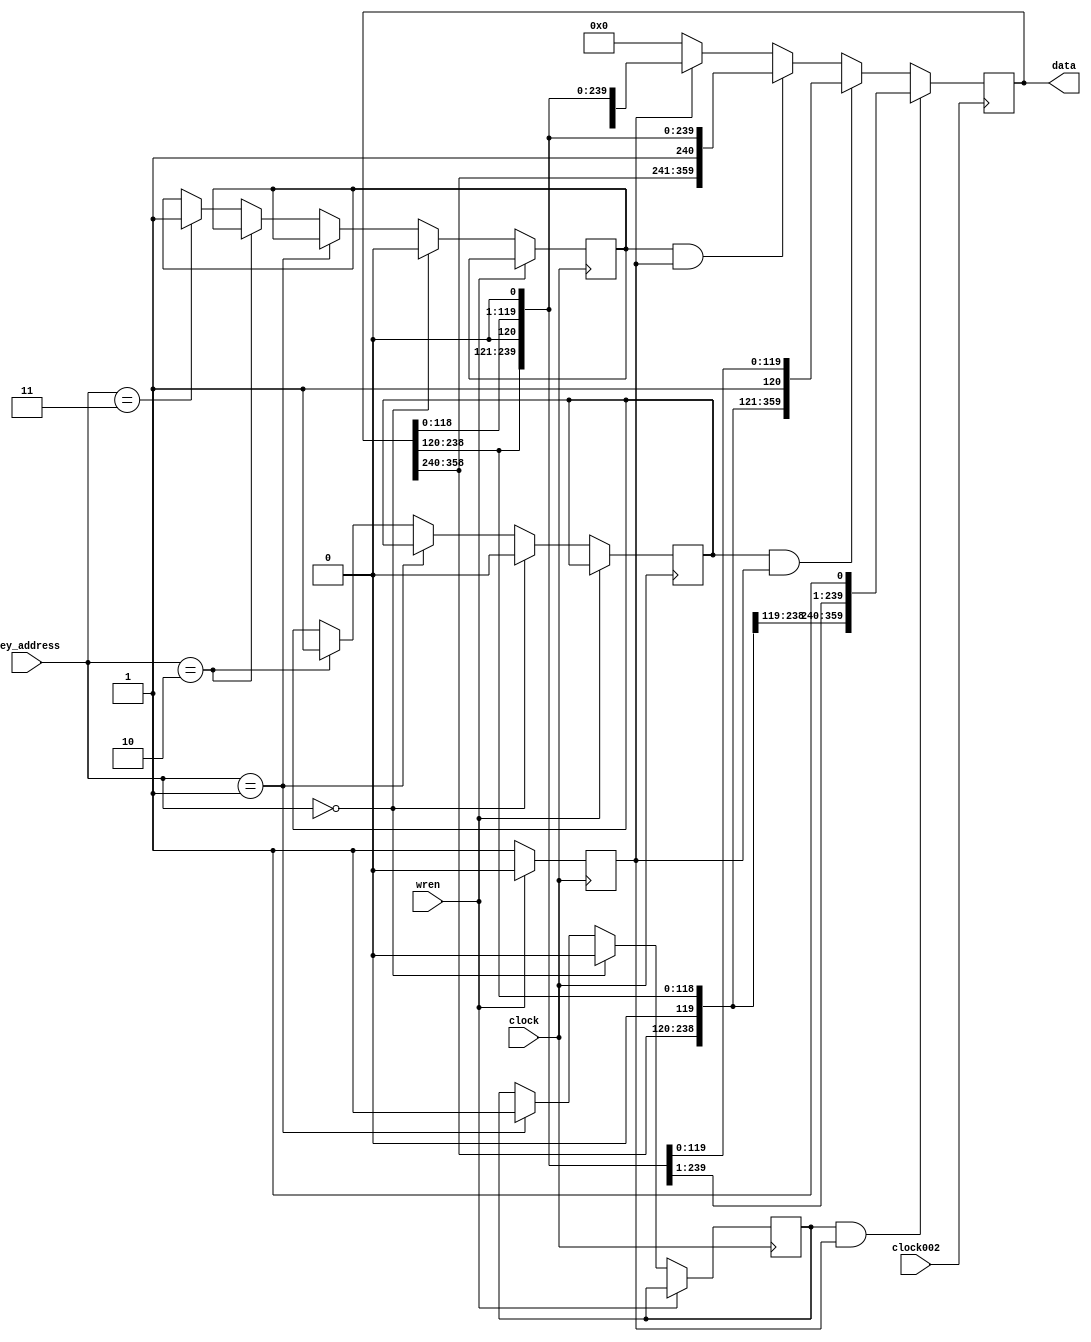
module display_calculator(
		input wren,
		input clock,
		input clock002,
		input [1:0] key_address,
		output reg [359:0] data
		);
		
		reg top_do;
		reg top_re;
		reg top_mi;
		reg down;
		
		always @(posedge clock) begin
			if (wren)
				down <= 1'b0;
			if (!wren) begin
			   down <= 1'b1;
				if (key_address == 2'b00) begin
					top_do <= 0;
					top_re <= 0;
					top_mi <= 0;
				end
				else if (key_address == 2'b01)
					top_do <= 1;
				else if (key_address == 2'b10)
					top_re <= 1;
				else if (key_address == 2'b11)
					top_mi <= 1;
			end
		end
	
	   //Display changes every .02 s; 
		//It takes 120 * 0.02 = 2.4 S for a strip to be dropped down
	   always @(posedge clock002) begin
		   if (top_do && down)
				data <= {data[358:240],1'b0,data[238:120],1'b0,data[118:0],1'b1};
			else if (top_re && down)
				data <= {data[358:240],1'b0,data[238:120],1'b1,data[118:0],1'b0};
			else if 	(top_mi && down)
				data <= {data[358:240],1'b1,data[238:120],1'b0,data[118:0],1'b0};
			else if (down)
			   data <= {data[358:240],1'b0,data[238:120],1'b0,data[118:0],1'b0};
			else
				data <= 360'b0;
		end

endmodule

				
module displayer(
		input wren,
		input clock,
		input clock002,
		input key_address,
		input do,
		input re,
		input mi,
		input [359:0] data,
		output [2:0] colour,
		output [7:0] x,
		output [6:0] y,
		output reg [23:0] score,
		output reg p
		);
		
		reg [1:0] area;
		
		reg [7:0] x_;
		reg [6:0] y_;
		reg [2:0] c_;
		
		reg [9:0] count_do;
		reg [9:0] count_re;
		reg [9:0] count_mi;
		
		reg [119:0] row_do;
		reg [119:0] row_re;
		reg [119:0] row_mi;
		
		reg match_perfect_do, match_perfect_re, match_perfect_mi;
		reg match_good_do, match_good_re, match_good_mi;
		reg ld_do;
	    reg ld_re;
	    reg ld_mi;
		
		
		// Renew values every 0.02s
		always @(posedge clock002) begin
				row_do <= data[119:0];
				row_re <= data[239:120];
				row_mi <= data[359:240];
		end
		
		
		always @(posedge clock) begin
		
			if (!wren) begin
				p <= 1;
		      if (area == 2'b00) begin
					x_ <= 8'd50 + {5'b0, count_do[2:0]}; //COLUMN 50-57
					y_ <= count_do[9:3]; //ROW 0-119
					if (row_do[count_do[9:3]] == 1)
					 begin
					   if(match_perfect_do ==1)
					      c_<= 3'b101;
					   else if (match_good_do == 1)
					      c_ <= 3'b101;
					   else
					      c_ <= 3'b100;
					  end
					else c_ <= 3'b000;
				end
				
				if (area == 2'b01) begin
					x_ <= 8'd76 + {5'b0, count_re[2:0]}; //COLUMN 76-83
					y_ <= count_re[9:3]; //ROW 0-119
					if (row_re[count_re[9:3]] == 1) begin
					   if(match_perfect_re==1)
					      c_<= 3'b101;
					   else if (match_good_re == 1)
					      c_ <= 3'b101;
					   else
					      c_ <= 3'b010;
					  end
					else c_ <= 3'b000;
				end
				
				if (area == 2'b10) begin
					x_ <= 8'd102 + {5'b0, count_mi[2:0]}; //COLUMN 102-109
					y_ <= count_mi[9:3]; //ROW 0-119
					if (row_mi[count_mi[9:3]] == 1)  begin
					   if(match_perfect_mi==1)
					      c_<= 3'b101;
					   else if (match_good_mi == 1)
					      c_ <= 3'b101;
					   else
					      c_ <= 3'b001;
					  end
					else c_ <= 3'b000;
				end
				
			end	
			else p <= 0;
		end
				
				
		always @(posedge clock) begin
			if (wren) begin
				count_do <= 10'd0;
				count_re <= 10'd0;
				count_mi <= 10'd0;
				area <= 2'b00;	end
			else begin
				if (area == 2'b00) begin
					if (count_do == 10'd959) begin
						count_do <= 10'd0;
						area <= 2'b01; end
				   else count_do <= count_do + 10'd1;
				end
				else if (area == 2'b01) begin
					if (count_re == 10'd959) begin
						count_re <= 10'd0;
						area <= 2'b01; end
				   else count_re <= count_re + 10'd1;
				end
				else if (area == 2'b10) begin
					if (count_mi == 10'd959) begin
						count_mi <= 10'd0;
						area <= 2'b00; end
				   else count_mi <= count_mi + 10'd1;
				end
				else begin //DEFAULT
					count_do <= 10'd0;
					count_re <= 10'd0;
					count_mi <= 10'd0;
					area <= 2'b00;	end
			end
		end


	assign x = x_;
	assign y = y_;
	assign colour = c_;
	
	always @ (posedge clock) begin
        if (wren) begin
            	match_perfect_do <= 0;
            	match_perfect_re <= 0;
            	match_perfect_mi <= 0;
		        match_good_do <= 0;
		        match_good_re <= 0;
		        match_good_mi <= 0;
		        ld_do <= 0;
				ld_re <= 0;
				ld_mi <= 0;
				score <= 23'b0;
		
        end
        else begin
            if (do == 0 && ld_do == 0)
					begin
					    if (row_do[90:89] == 2'b01 | row_do[89:88] == 2'b01 |row_do[88:87] == 2'b01|row_do[87:86] == 2'b01|row_do[86:85] == 2'b01)
					      begin
					      match_perfect_do <=1;
					      score[23:0] <= score[23:0] + 8'b0010;
					      end
					    else if (row_do[85:84] == 2'b01 | row_do[84:83] == 2'b01 |row_do[83:82] == 2'b01|row_do[82:81] == 2'b01|row_do[81:80] == 2'b01)
					      begin
					      match_good_do <= 1;
					      score[23:0] <= score[23:0] + 8'b0001;
					      end
					    else
					      begin
					       match_perfect_do <=0;
					       match_good_do <= 0;
					       score[23:0] <= score[23:0];
					      end     
					    ld_do<=1;
					end
			if (re == 0 && ld_re == 0)
					begin
						 if (row_re[90:89] == 2'b01 | row_re[89:88] == 2'b01 |row_re[88:87] == 2'b01|row_re[87:86] == 2'b01|row_re[86:85] == 2'b01)
					      begin
					      match_perfect_re <=1;
					      score[23:0] <= score[23:0] + 8'b0010;
					      end
					    else if (row_re[85:84] == 2'b01 | row_re[84:83] == 2'b01 |row_re[83:82] == 2'b01|row_re[82:81] == 2'b01|row_re[81:80] == 2'b01)
					      begin
					      match_good_re <= 1;
					      score[23:8] <= score[23:0] + 8'b0001;
					      end
					    else
					      begin
					       match_perfect_re <=0;
					       match_good_re <= 0;
					       score[23:0] <= score[23:0];
					      end     
						ld_re <= 1;
					end
				if (mi == 0 && ld_mi == 0)
					begin
						 if (row_mi[90:89] == 2'b01 | row_mi[89:88] == 2'b01 |row_mi[88:87] == 2'b01|row_mi[87:86] == 2'b01|row_mi[86:85] == 2'b01)
					      begin
					      match_perfect_mi <=1;
					      score[23:0] <= score[23:0] + 8'b0010;
					      end
					    else if (row_mi[85:84] == 2'b01 | row_mi[84:83] == 2'b01 |row_mi[83:82] == 2'b01|row_mi[82:81] == 2'b01|row_do[81:80] == 2'b01)
					      begin
					      match_good_mi <=1;
					      score[23:0] <= score[23:0] + 8'b0001;
					      end
					    else
					      begin
					       match_perfect_mi <=0;
					       match_good_mi <= 0;
					       score[23:0] <= score[23:0];
					      end     
						ld_mi <= 1;
					end
				if (do == 1 && ld_do == 1)
					begin
						 match_perfect_do <=0;
					       match_good_do <= 0;
					       score[23:0] <= score[23:0];
						ld_do <=0;
					end
			   if (re == 1 && ld_re == 1)
				   begin
					   match_perfect_re <=0;
					       match_good_re <= 0;
					       score[23:0] <= score[23:0];
						ld_mi <= 0;
				   end
			   if (mi == 1 && ld_mi == 1)
				   begin
					  match_perfect_mi <=0;
					       match_good_mi <= 0;
					       score[23:0] <= score[23:0];
						ld_mi<=0;
				   end
    
        end
    end


endmodule